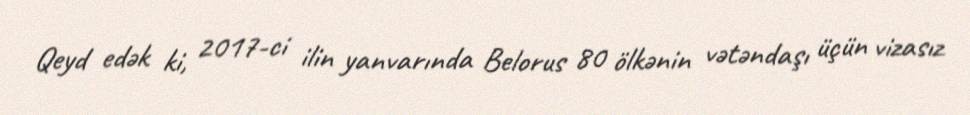
Qeyd edək ki, 2017-ci ilin yanvarında Belorus 80 ölkənin vətəndaşı üçün vizasız